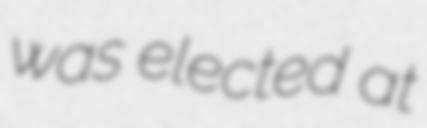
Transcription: was elected at